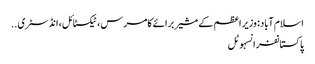
اسلام آباد: وزیر اعظم کے مشیر برائے کامرس، ٹیکسٹائل، انڈسٹری ..
پاکستانفرانسہوٹل